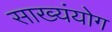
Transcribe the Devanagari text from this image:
साख्यंयोग